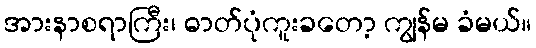
အားနာစရာကြီး၊ ဓာတ်ပုံကူးခတော့ ကျွန်မ ခံမယ်။